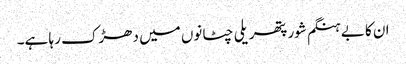
ان کا بے ہنگم شور پتھریلی چٹانوں میں دھڑک رہا ہے۔